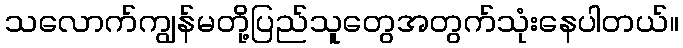
သလောက်ကျွန်မတို့ပြည်သူတွေအတွက်သုံးနေပါတယ်။